Report of an investigation of the epidemic of malarial fever in Assam, or, kala-azar
Disease focus: Malaria
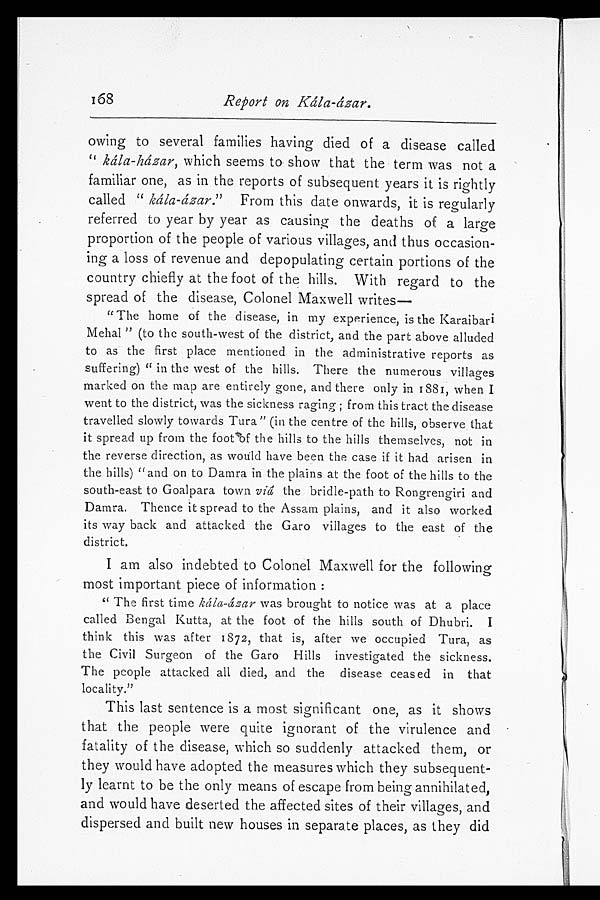
Report on Kála-ázar.
owing to several families having died of a disease called
" kála-házar, which seems to show that the term was not a
familiar one, as in the reports of subsequent years it is rightly
called " kála-ázar. " From this date onwards, it is regularly
referred to year by year as causing the deaths of a large
proportion of the people of various villages, and thus occasion-
ing a loss of revenue and depopulating certain portions of the
country chiefly at the foot of the hills. With regard to the
spread of the disease, Colonel Maxwell
writes—
"The home of the disease, in my experience, is the Karaibari
Mehal" (to the south-west of the district, and the part above alluded
to as the first place mentioned in the administrative reports as
suffering) "in the west of the hills. There the numerous villages
marked on the map are entirely gone, and there only in 1881, when I
went to the district, was the sickness raging; from this tract the disease
travelled slowly towards Tura" (in the centre of the hills, observe that
it spread up from the foot of the hills to the hills themselves, not in
the reverse direction, as would have been the case if it had arisen in
the hills) "and on to Damra in the plains at the foot of the hills to the
south-east to Goalpara town v iâ the bridle-path to Rongrengiri and
Damra. Thence it spread to the Assam plains, and it also worked
its way back and attacked the Garo villages to the east of the
district.
I am also indebted to Colonel Maxwell for the following
most important piece of information:
"The first time kâla-âzar was brought to notice was at a place
called Bengal Kutta, at the foot of the hills south of Dhubri. I
think this was after 1872, that is, after we occupied Tura, as
the Civil Surgeon of the Garo Hills investigated the sickness.
The people attacked all died, and the disease ceased in that
locality."
This last sentence is a most significant one, as it shows
that the people were quite ignorant of the virulence and
fatality of the disease, which so suddenly attacked them, or
they would have adopted the measures which they subsequent-
ly learnt to be the only means of escape from being annihilated,
and would have deserted the affected sites of their villages, and
dispersed and built new houses in separate places, as they did